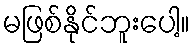
မဖြစ်နိုင်ဘူးပေါ့။